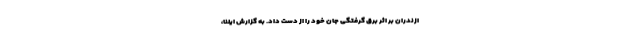
ازندران بر اثر برق ‌گرفتگی جان خود را از دست داد. به گزارش ایلنا،